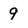
Character: 9